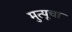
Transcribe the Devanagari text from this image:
मुत्यूचा